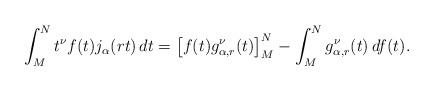
LaTeX: \begin{align*}\int_M^N t^\nu f(t) j_\alpha(rt)\, dt = \big[ f(t) g^\nu_{\alpha,r}(t)\big]^N_M - \int_M^N g^\nu_{\alpha,r}(t)\, df(t).\end{align*}